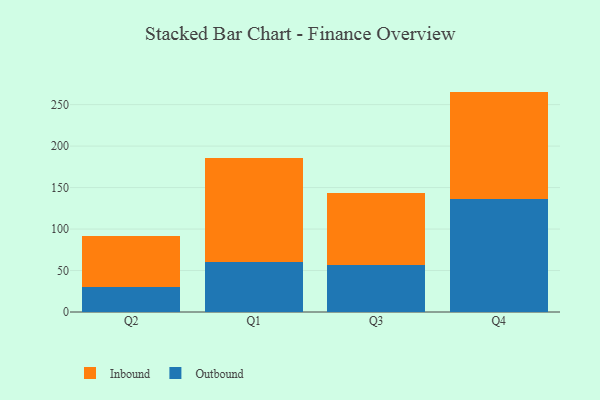
{"axis": {"x": "Quarter", "y": "Churn Rate (%)"}, "legend": ["Inbound", "Outbound"], "data": [{"x": "Q2", "y": 30.4, "type": "Outbound"}, {"x": "Q2", "y": 60.9, "type": "Inbound"}, {"x": "Q1", "y": 60.6, "type": "Outbound"}, {"x": "Q1", "y": 125.0, "type": "Inbound"}, {"x": "Q3", "y": 56.7, "type": "Outbound"}, {"x": "Q3", "y": 86.8, "type": "Inbound"}, {"x": "Q4", "y": 136.6, "type": "Outbound"}, {"x": "Q4", "y": 129.1, "type": "Inbound"}]}